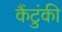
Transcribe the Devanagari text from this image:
कैंटुंकी